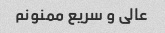
عالی و سریع ممنونم